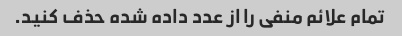
تمام علائم منفی را از عدد داده شده حذف کنید.